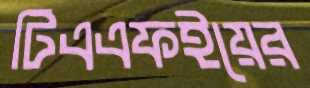
টিএএফইয়ের